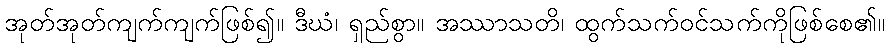
အုတ်အုတ်ကျက်ကျက်ဖြစ်၍။ ဒီဃံ၊ ရှည်စွာ။ အဿာသတိ၊ ထွက်သက်ဝင်သက်ကိုဖြစ်စေ၏။